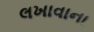
લખાવાના